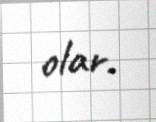
olar.